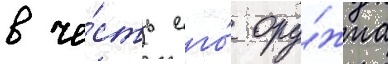
в че́сть его́ ору́жиа